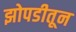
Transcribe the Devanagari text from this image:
झोपडीतून